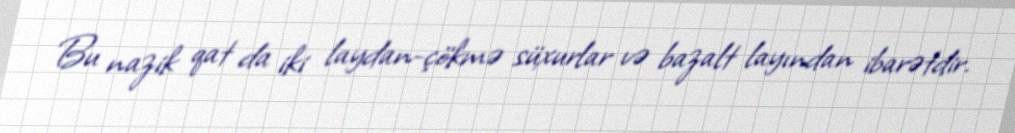
Bu nazik qat da iki laydan-çökmə süxurlar və bazalt layından ibarətdir.